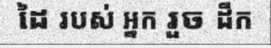
ដៃ របស់ អ្នក រួច ដឹក